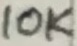
Text: 10K